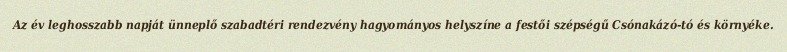
Az év leghosszabb napját ünneplő szabadtéri rendezvény hagyományos helyszíne a festői szépségű Csónakázó-tó és környéke.